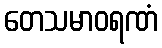
တေသမာဝရဏံ